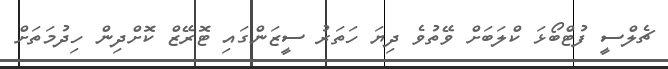
ޗެލްސީ ފުޓްބޯޅަ ކްލަބަށް ވޭތުވެ ދިޔަ ހަތަރު ސީޒަންގައި ޓޮރޭޒް ކޮށްދިން ހިދުމަތަށް